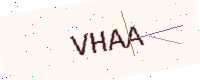
Text: VHAA